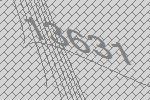
13631